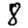
Digit: 8